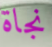
نجاة